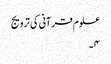
علوم قرآنی کی ترویج
۴۔